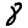
Digit: 8